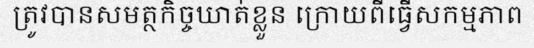
ត្រូវបានសមត្ថកិច្ចឃាត់ខ្លួន ក្រោយពីធ្វើសកម្មភាព